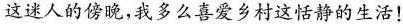
这迷人的傍晚，我多么喜爱乡村这恬静的生活!